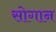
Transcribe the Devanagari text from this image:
सोगान